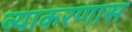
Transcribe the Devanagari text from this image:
व्याकरणास